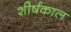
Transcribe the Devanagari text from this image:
शीर्षकाल